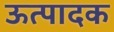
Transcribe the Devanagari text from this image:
ऊत्पादक